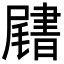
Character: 𡳩